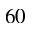
6 0